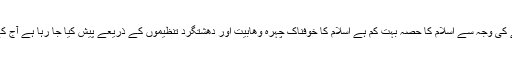
اس دوران دنیا میں اختلافات اور مسلمین کے درمیان وحدت نہ ہونے کی وجہ سے اسلام کا حصہ بہت کم ہے اسلام کا خوفناک چہرہ وھابیت اور دھشتگرد تنظیموں کے ذریعے پیش کیا جا رہا ہے آج کے دور میں اس سازش کی وجہ سے اسلام کو بہت نقصان پہنچا ہے۔